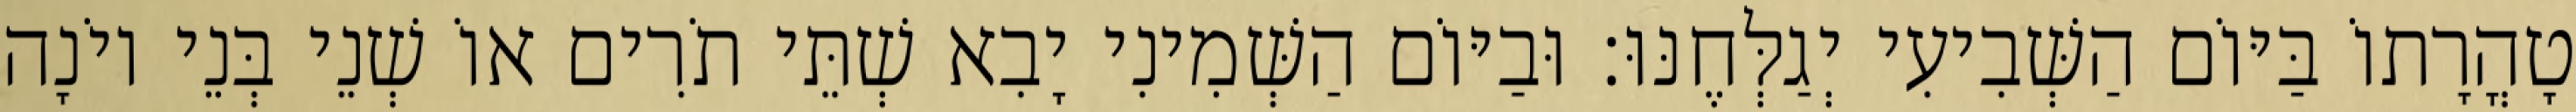
טָהֳרָתוֹ בַּיּוֹם הַשְּׁבִיעִי יְגַלְּחֶנּוּ׃ וּבַיּוֹם הַשְּׁמִינִי יָבִא שְׁתֵּי תֹרִים אוֹ שְׁנֵי בְּנֵי יוֹנָה